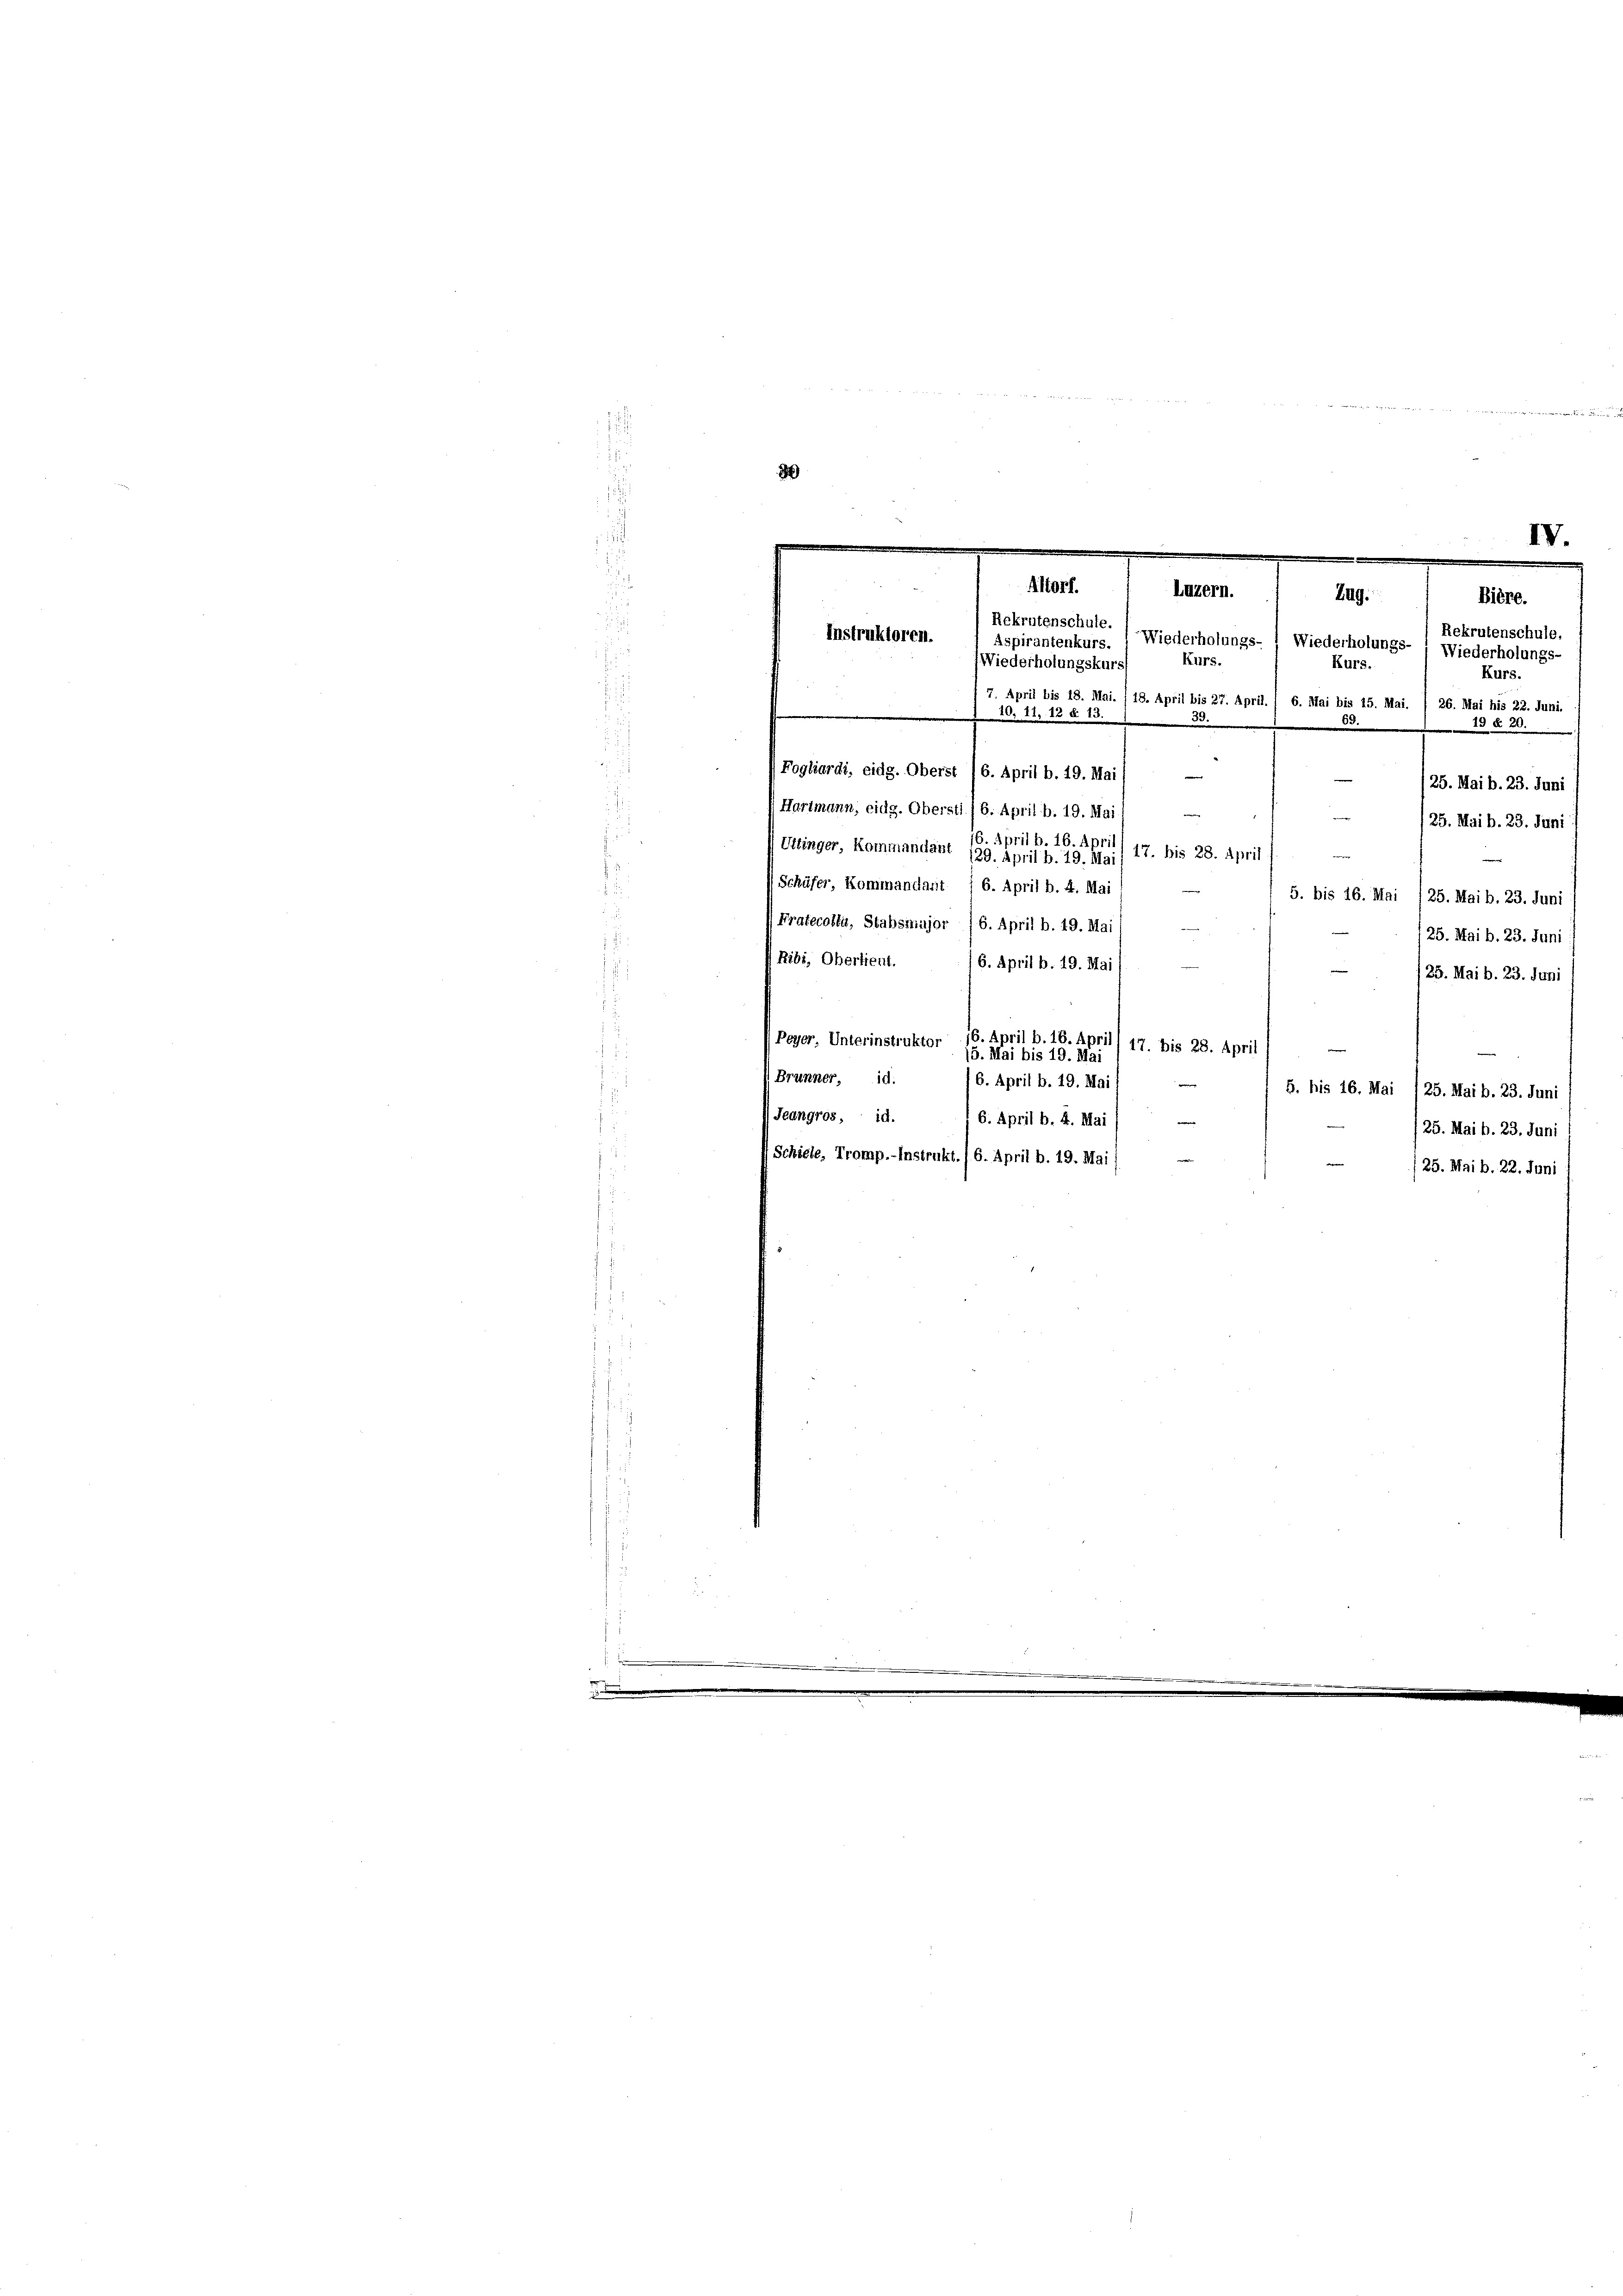
.
Kurs.
7. April bis 18. Mai. / 18. April bis 27. April. / 6. Mai bis 15. Mai. / 26. Mai bis 22. Juni,
2. 11, 18 d. 13.
3
n
13 § 20.
Fogliardi, eidg. Oberst (6. April b. 19. Mai) —
/25. Mai b. 23. Juni /
Hartmann, eidg. Oberstl. (6. April b. 19. Mai. —
25. Mai b. 23. Juni
16. April b. 16. April
Uttinger, Kommandant 129. April b. 19. Mai/ 17. bis 28. April
w
Schüfer, Kommandant / 6. April b. 4. Mai
5. bis 16. Mai /25. Mai b. 23. Juni
(Pratecollu, Stabsmajor 16. April b. 19. Mai
/25. Mai b. 23. Juni
Ribi, Oberfreut.
6. April b. 19. Mai
/25. Mai b. 23. Juni
Peyer, Unterinstruktor 16. April b. 16. April) 47. bis 28. April,
15. Mai bis 19. Mai
 Brunner, id.
/6. April b. 19. Mai 1
e
5. bis 16. Mai /25. Mai b. 23. Juni
(Jeangros, id. 6. April b. 4. Mai
e
/25. Mai b. 23. Juni
Schiele, Tromp.-Instrukt./6. April b. 19. Mai/
25. Mai b. 22. Juni

8

IV.
e

Aorf.
Luzern.
Zug.
Bière.
Rekrutenschule.
Rekrutenschule,
Instruktoren.
Aspirantenkurs. ( Wiederholungs- 1 Wiederholungs- Wiederholungs-
Kurs.
Kurs.
Wiederholungskurs